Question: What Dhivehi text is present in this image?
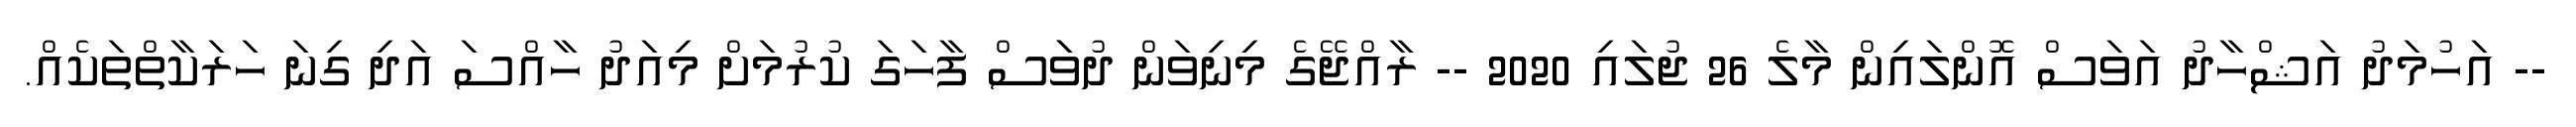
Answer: -- އަހުމަދު އަޝްހާދު އަވަސް އޮންލައިން މާލެ 26 ޖުލައި 2020 -- ރާއްޖޭގެ މިނިވަން ދުވަަސް ފާހަގަ ކުރުމަށް މިއަދު ހާއްސަ އަދި ގިނަ ހަރަކާތްތަކެއް.